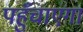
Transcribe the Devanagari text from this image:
पहुँचाएगा